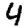
Digit: 4